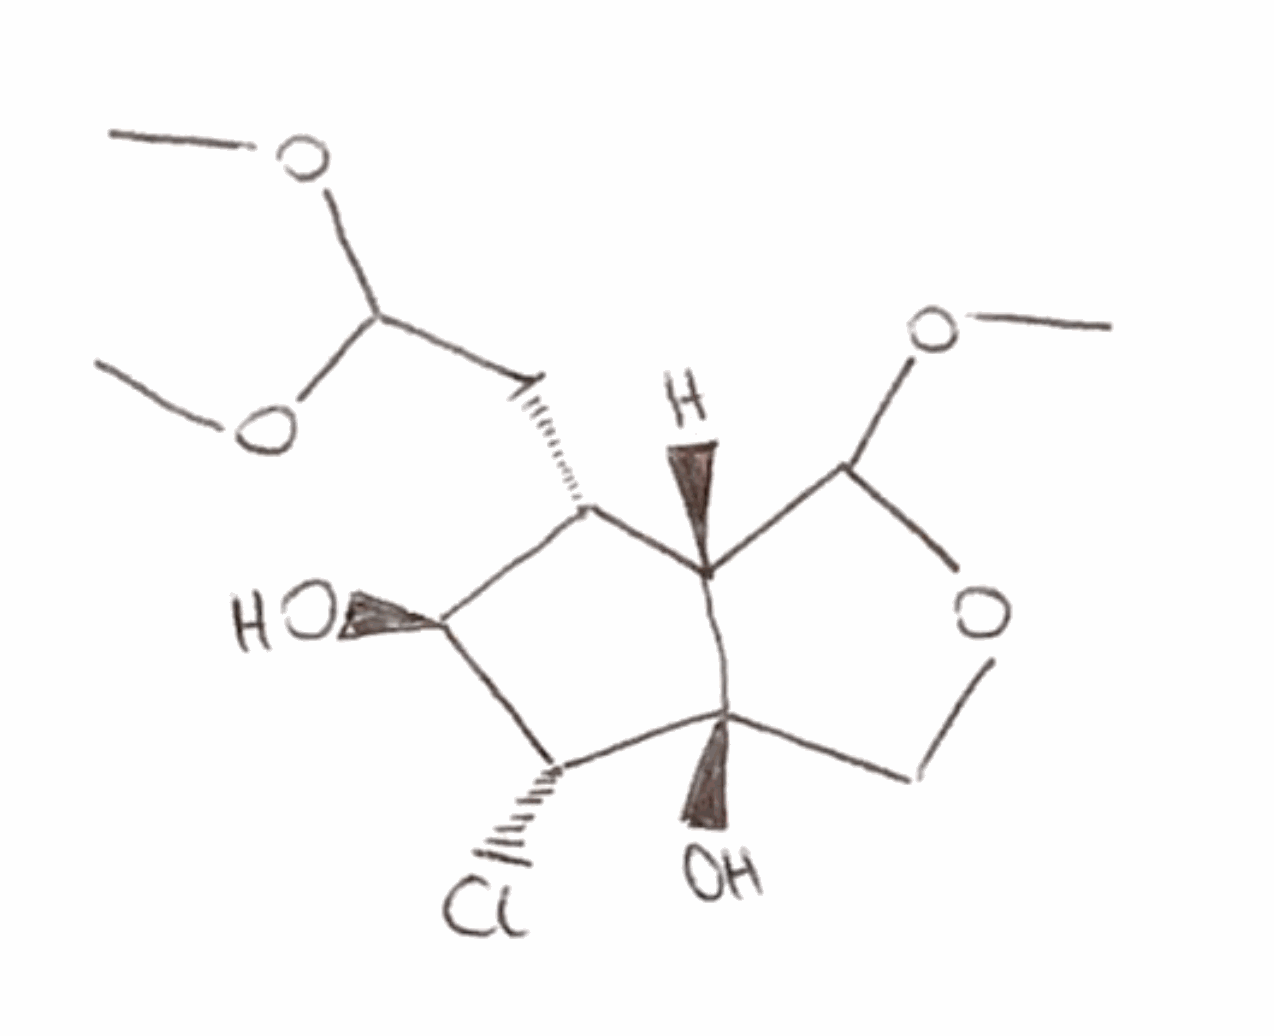
Simplified molecular-input line-entry system (SMILES) notation of the given molecule:
COC1[C@H]2[C@H]([C@@H]([C@H]([C@]2(CO1)O)Cl)O)CC(OC)OC